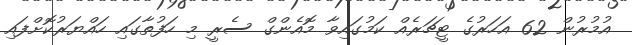
އުމުރުން 62 އަހަރުގެ ޓީޗަރެއް ކަމުގައިވާ މޮއެންގް ސެރީ މި ހަފުތާގައި ހައްޔަރުކޮށްފައި